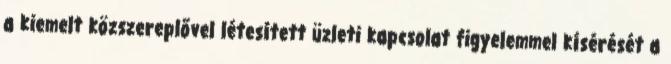
a kiemelt közszereplővel létesített üzleti kapcsolat figyelemmel kísérését a